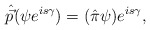
\begin{align*}{\hat{\vec p}}( \psi e^{is\gamma}) =( {\hat\pi}\psi ) e^{is\gamma} ,\end{align*}